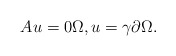
\begin{align*} A u = 0 \Omega, u = \gamma \partial \Omega. \end{align*}